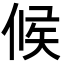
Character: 候